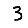
Digit: 3